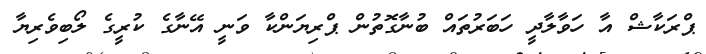
ޕްރަކާޝް އާ ހަވާލާދީ ހަބަރުތައް ބުނާގޮތުން ޕްރިޔަންކާ ވަނީ އޭނާގެ ކުރީގެ ލޯބިވެރިޔާ